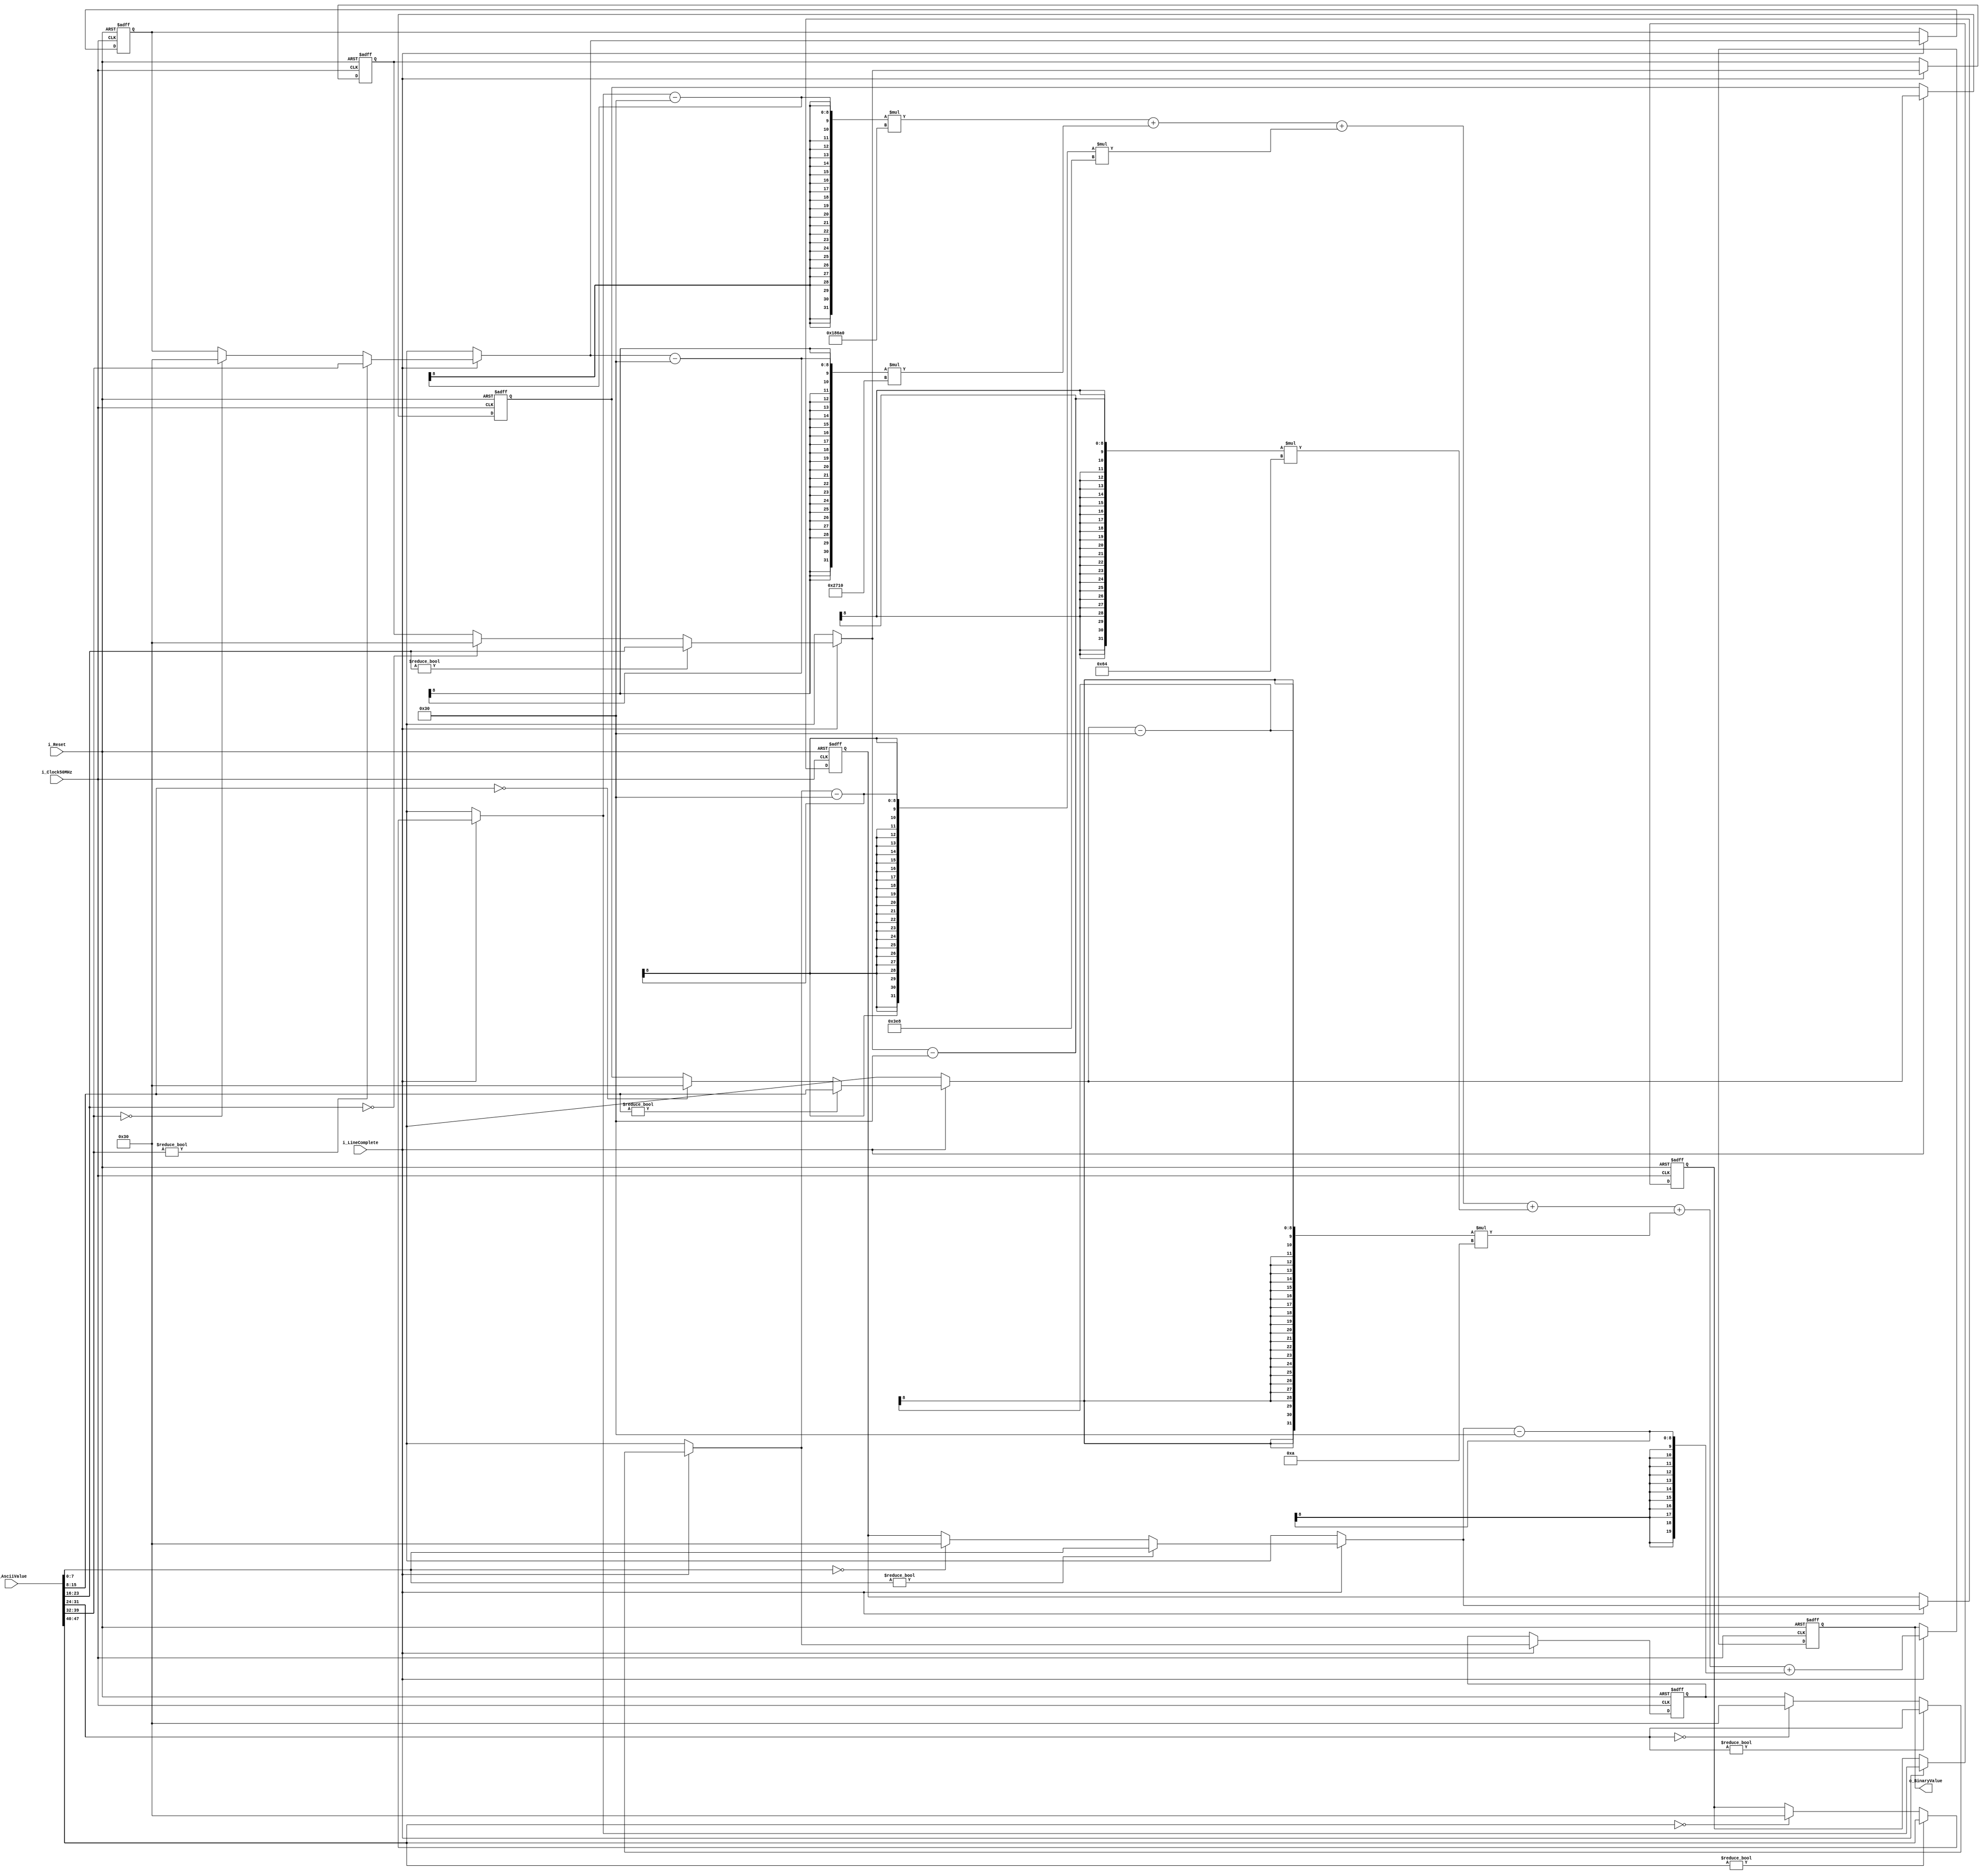
`timescale 1ns / 1ps
//////////////////////////////////////////////////////////////////////////////////
// Company: 
// Engineer: 
// 
// Design Name: 
// Module Name:    Ascii2Binary 
// Project Name: 
// Target Devices: 
// Tool versions: 
// Description: 
//
// Dependencies: 
//
// Revision: 
// Revision 0.01 - File Created
// Additional Comments: 
//
//////////////////////////////////////////////////////////////////////////////////

// FOR 4 DIGITS
module Ascii2Binary_4D(
    input i_Clock50MHz,
    input i_Reset,
    input i_LineComplete,
    input [47:0] i_AsciiValue,
    output reg [19:0] o_BinaryValue
);

	reg [7:0] ascii_digit0, ascii_digit1, ascii_digit2, ascii_digit3, ascii_digit4, ascii_digit5;
	
	initial begin
		o_BinaryValue = 16'd0;
		ascii_digit0  = 8'd0;
		ascii_digit1  = 8'd0;
		ascii_digit2  = 8'd0;
		ascii_digit3  = 8'd0;
		ascii_digit4  = 8'd0;
		ascii_digit5  = 8'd0;
	end
	
	always @(posedge i_Clock50MHz or posedge i_Reset) begin
		if (i_Reset) begin
		  o_BinaryValue = 16'd0;
		  ascii_digit0  = 8'd0;
		  ascii_digit1  = 8'd0;
		  ascii_digit2  = 8'd0;
		  ascii_digit3  = 8'd0;
		  ascii_digit4  = 8'd0;
		  ascii_digit5  = 8'd0;
		end 
		else begin
			if (i_LineComplete) begin
				// Extract ASCII digits from input bus
				if (i_AsciiValue[7:0] == 8'd0) begin
					ascii_digit0 = 8'd48;
				end
				if (i_AsciiValue[15:8] == 8'd0) begin
					ascii_digit1 = 8'd48;
				end
				if (i_AsciiValue[23:16] == 8'd0) begin
					ascii_digit2 = 8'd48;
				end
				if (i_AsciiValue[31:24] == 8'd0) begin
					ascii_digit3 = 8'd48;
				end
				if (i_AsciiValue[39:32] == 8'd0) begin
					ascii_digit4 = 8'd48;
				end
				if (i_AsciiValue[47:40] == 8'd0) begin
					ascii_digit5 = 8'd48;
				end
				if (i_AsciiValue[7:0] != 8'd0) begin
					ascii_digit0 = i_AsciiValue[7:0];
				end
				if (i_AsciiValue[15:8] != 8'd0) begin
					ascii_digit1 = i_AsciiValue[15:8];
				end
				if (i_AsciiValue[23:16] != 8'd0) begin
					ascii_digit2 = i_AsciiValue[23:16];
				end
				if (i_AsciiValue[31:24] != 8'd0) begin
					ascii_digit3 = i_AsciiValue[31:24];
				end
				if (i_AsciiValue[39:32] != 8'd0) begin
					ascii_digit4 = i_AsciiValue[39:32];
				end
				if (i_AsciiValue[47:40] != 8'd0) begin
					ascii_digit5 = i_AsciiValue[47:40];
				end
				// Perform ASCII to binary conversion
				o_BinaryValue = (ascii_digit5 - 8'd48) * 100000 +
									 (ascii_digit4 - 8'd48) * 10000 +
									 (ascii_digit3 - 8'd48) * 1000 +
									 (ascii_digit2 - 8'd48) * 100 +
									 (ascii_digit1 - 8'd48) * 10 +
									 (ascii_digit0 - 8'd48);
			end
		end
	end

endmodule

// FOR 3 DIGITS
module Ascii2Binary_3D(
    input i_Clock50MHz,
    input i_Reset,
    input i_LineComplete,
    input [23:0] i_AsciiValue,
    output reg [7:0] o_BinaryValue
);

	reg [7:0] ascii_digit0, ascii_digit1, ascii_digit2;
	
	initial begin
		o_BinaryValue = 16'd0;
		ascii_digit0  = 8'd0;
		ascii_digit1  = 8'd0;
		ascii_digit2  = 8'd0;
	end
	
	always @(posedge i_Clock50MHz or posedge i_Reset) begin
		if (i_Reset) begin
		  o_BinaryValue = 16'd0;
		  ascii_digit0  = 8'd0;
		  ascii_digit1  = 8'd0;
		  ascii_digit2  = 8'd0;
		end 
		else begin
			if (i_LineComplete) begin
				// Extract ASCII digits from input bus
				if (i_AsciiValue[7:0] == 8'd0) begin
					ascii_digit0 = 8'd48;
				end
				if (i_AsciiValue[15:8] == 8'd0) begin
					ascii_digit1 = 8'd48;
				end
				if (i_AsciiValue[23:16] == 8'd0) begin
					ascii_digit2 = 8'd48;
				end
				if (i_AsciiValue[7:0] != 8'd0) begin
					ascii_digit0 = i_AsciiValue[7:0];
				end
				if (i_AsciiValue[15:8] != 8'd0) begin
					ascii_digit1 = i_AsciiValue[15:8];
				end
				if (i_AsciiValue[23:16] != 8'd0) begin
					ascii_digit2 = i_AsciiValue[23:16];
				end
				// Perform ASCII to binary conversion
				o_BinaryValue = (ascii_digit2 - 8'd48) * 100 +
									 (ascii_digit1 - 8'd48) * 10 +
									 (ascii_digit0 - 8'd48);
			end
		end
	end

endmodule